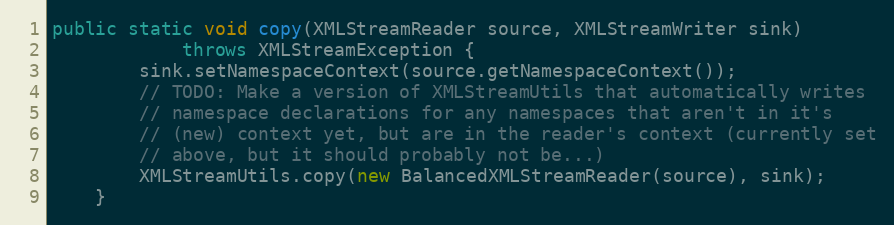
Language: Java
public static void copy(XMLStreamReader source, XMLStreamWriter sink)
            throws XMLStreamException {
        sink.setNamespaceContext(source.getNamespaceContext());
        // TODO: Make a version of XMLStreamUtils that automatically writes
        // namespace declarations for any namespaces that aren't in it's
        // (new) context yet, but are in the reader's context (currently set
        // above, but it should probably not be...)
        XMLStreamUtils.copy(new BalancedXMLStreamReader(source), sink);
    }